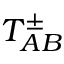
T _ { A B } ^ { \pm }